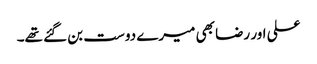
علی اور رضا بھی میرے دوست بن گئے تھے۔